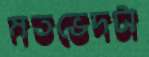
মতভেদটা